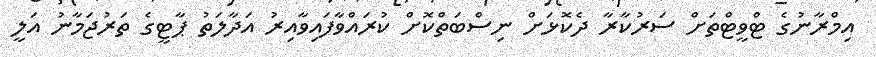
އިމްރާނުގެ ޓްވީޓްތަށް ސަރުކާރާ ދެކޮޅަށް ނިސްބަތްކޮށް ކުރައްވާފައިވާއިރު އަދާލަތު ޕާޓީގެ ތަރުޖަމާނު އަލީ